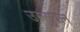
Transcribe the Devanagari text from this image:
उरूगुयान